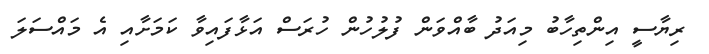
ރިޔާސީ އިންތިހާބު މިއަދު ބާއްވަން ފުލުހުން ހުރަސް އަޅާފައިވާ ކަމަށާއި އެ މައްސަލަ